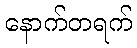
နောက်တရက်